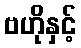
ဗဟိုနှင့်